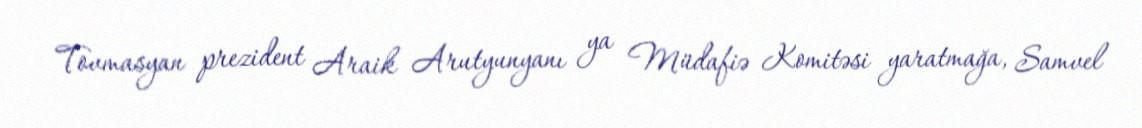
Tovmasyan prezident Araik Arutyunyanı ya Müdafiə Komitəsi yaratmağa, Samvel